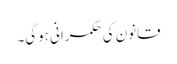
قانون کی حکمرانی ہوگی۔